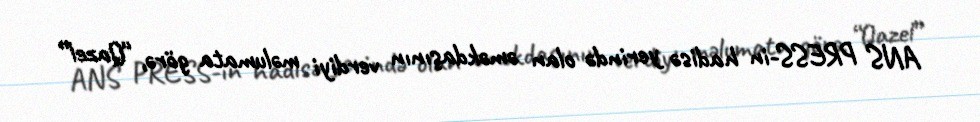
ANS PRESS-in hadisə yerində olan əməkdaşının verdiyi məlumata görə, “Qazel”